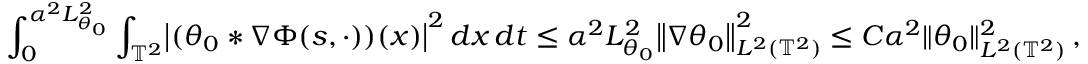
\int _ { 0 } ^ { \alpha ^ { 2 } L _ { \theta _ { 0 } } ^ { 2 } } \int _ { \ensuremath { \mathbb { T } } ^ { 2 } } \bigl | ( \theta _ { 0 } \ast \nabla \Phi ( s , \cdot ) ) ( x ) \bigr | ^ { 2 } \, d x \, d t \leq \alpha ^ { 2 } L _ { \theta _ { 0 } } ^ { 2 } \bigl \| \nabla \theta _ { 0 } \bigr \| _ { L ^ { 2 } ( \ensuremath { \mathbb { T } } ^ { 2 } ) } ^ { 2 } \leq C \alpha ^ { 2 } \| \theta _ { 0 } \| _ { L ^ { 2 } ( \ensuremath { \mathbb { T } } ^ { 2 } ) } ^ { 2 } \, ,